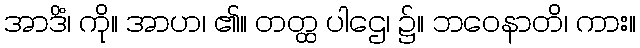
အာဒိံ၊ ကို။ အာဟ၊ ၏။ တတ္ထ ပါဌေ၊ ၌။ ဘဝေနာတိ၊ ကား။